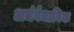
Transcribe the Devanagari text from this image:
अर्धवैधानिक